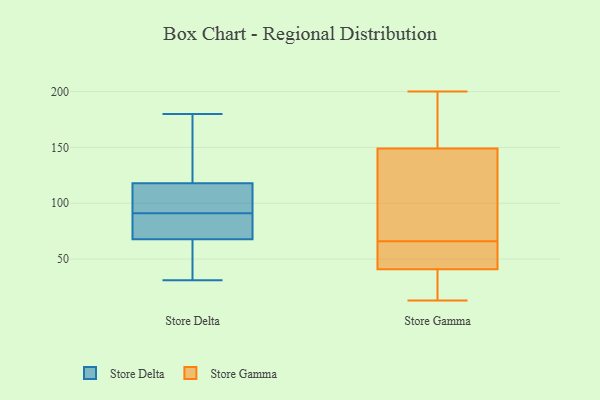
{"axis": {"x": "Budget (USD K)", "y": "Value"}, "legend": ["Store Delta", "Store Gamma"], "data": [{"x": "", "y": 106, "type": "Store Delta"}, {"x": "", "y": 72, "type": "Store Delta"}, {"x": "", "y": 143, "type": "Store Delta"}, {"x": "", "y": 86, "type": "Store Delta"}, {"x": "", "y": 91, "type": "Store Delta"}, {"x": "", "y": 95, "type": "Store Delta"}, {"x": "", "y": 127, "type": "Store Delta"}, {"x": "", "y": 115, "type": "Store Delta"}, {"x": "", "y": 85, "type": "Store Delta"}, {"x": "", "y": 31, "type": "Store Delta"}, {"x": "", "y": 180, "type": "Store Delta"}, {"x": "", "y": 49, "type": "Store Delta"}, {"x": "", "y": 55, "type": "Store Delta"}, {"x": "", "y": 83, "type": "Store Gamma"}, {"x": "", "y": 42, "type": "Store Gamma"}, {"x": "", "y": 200, "type": "Store Gamma"}, {"x": "", "y": 158, "type": "Store Gamma"}, {"x": "", "y": 52, "type": "Store Gamma"}, {"x": "", "y": 149, "type": "Store Gamma"}, {"x": "", "y": 41, "type": "Store Gamma"}, {"x": "", "y": 80, "type": "Store Gamma"}, {"x": "", "y": 38, "type": "Store Gamma"}, {"x": "", "y": 13, "type": "Store Gamma"}]}